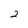
Character: 2